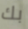
بك